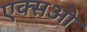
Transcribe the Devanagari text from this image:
एक्सओ